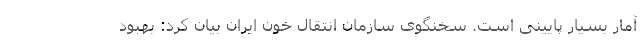
آمار بسیار پایینی است. سخنگوی سازمان انتقال خون ایران بیان کرد: بهبود